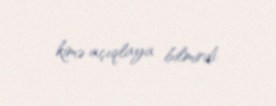
kimə açıqlaya bilmirdi.